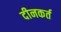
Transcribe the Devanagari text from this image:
दीनकर्त